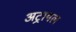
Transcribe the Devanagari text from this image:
अट्रायल